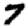
Digit: 7